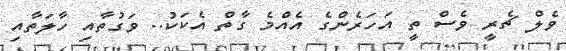
ވެލް ޗެރީ ވެސް ތީ އަހަރެންގެ އެއްމެ ގާތް އެކަކު.. ވަގުތާއި ހާލަތާއި